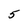
Character: 5